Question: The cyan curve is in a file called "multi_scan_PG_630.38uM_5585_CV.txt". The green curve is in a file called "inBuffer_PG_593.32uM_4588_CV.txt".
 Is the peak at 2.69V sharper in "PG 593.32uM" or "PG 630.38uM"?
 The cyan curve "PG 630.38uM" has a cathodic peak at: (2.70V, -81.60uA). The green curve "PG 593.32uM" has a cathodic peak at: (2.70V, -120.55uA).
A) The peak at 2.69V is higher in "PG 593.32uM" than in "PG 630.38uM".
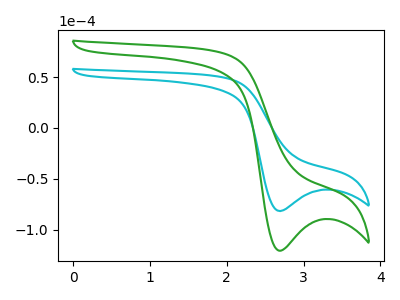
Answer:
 <answer>A) The peak at 2.69V is higher in "PG 593.32uM" than in "PG 630.38uM".</answer>
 <eval>A</eval>